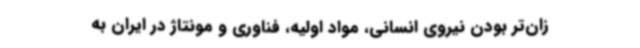
زان‌تر بودن نیروی انسانی، مواد اولیه، فناوری و مونتاژ در ایران به